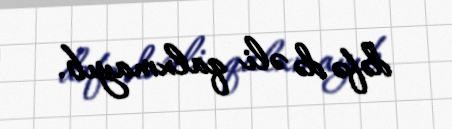
dəfə də əli qalxmayıb.